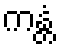
ကန္တံ